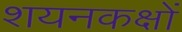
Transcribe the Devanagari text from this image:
शयनकक्षों